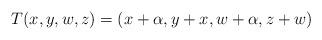
LaTeX: \begin{align*}T(x,y,w,z) = (x + \alpha, y + x, w + \alpha, z + w)\end{align*}